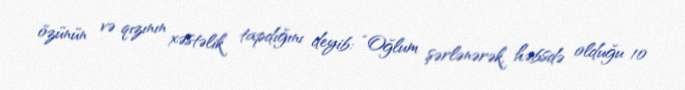
özünün və qızının xəstəlik tapdığını deyib: “Oğlum şərlənərək, həbsdə olduğu 10